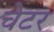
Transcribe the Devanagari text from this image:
चेटर